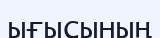
ығысының